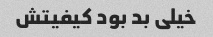
خیلی بد بود کیفیتش